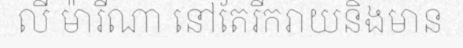
លី ម៉ារីណា នៅតែរីករាយនិងមាន